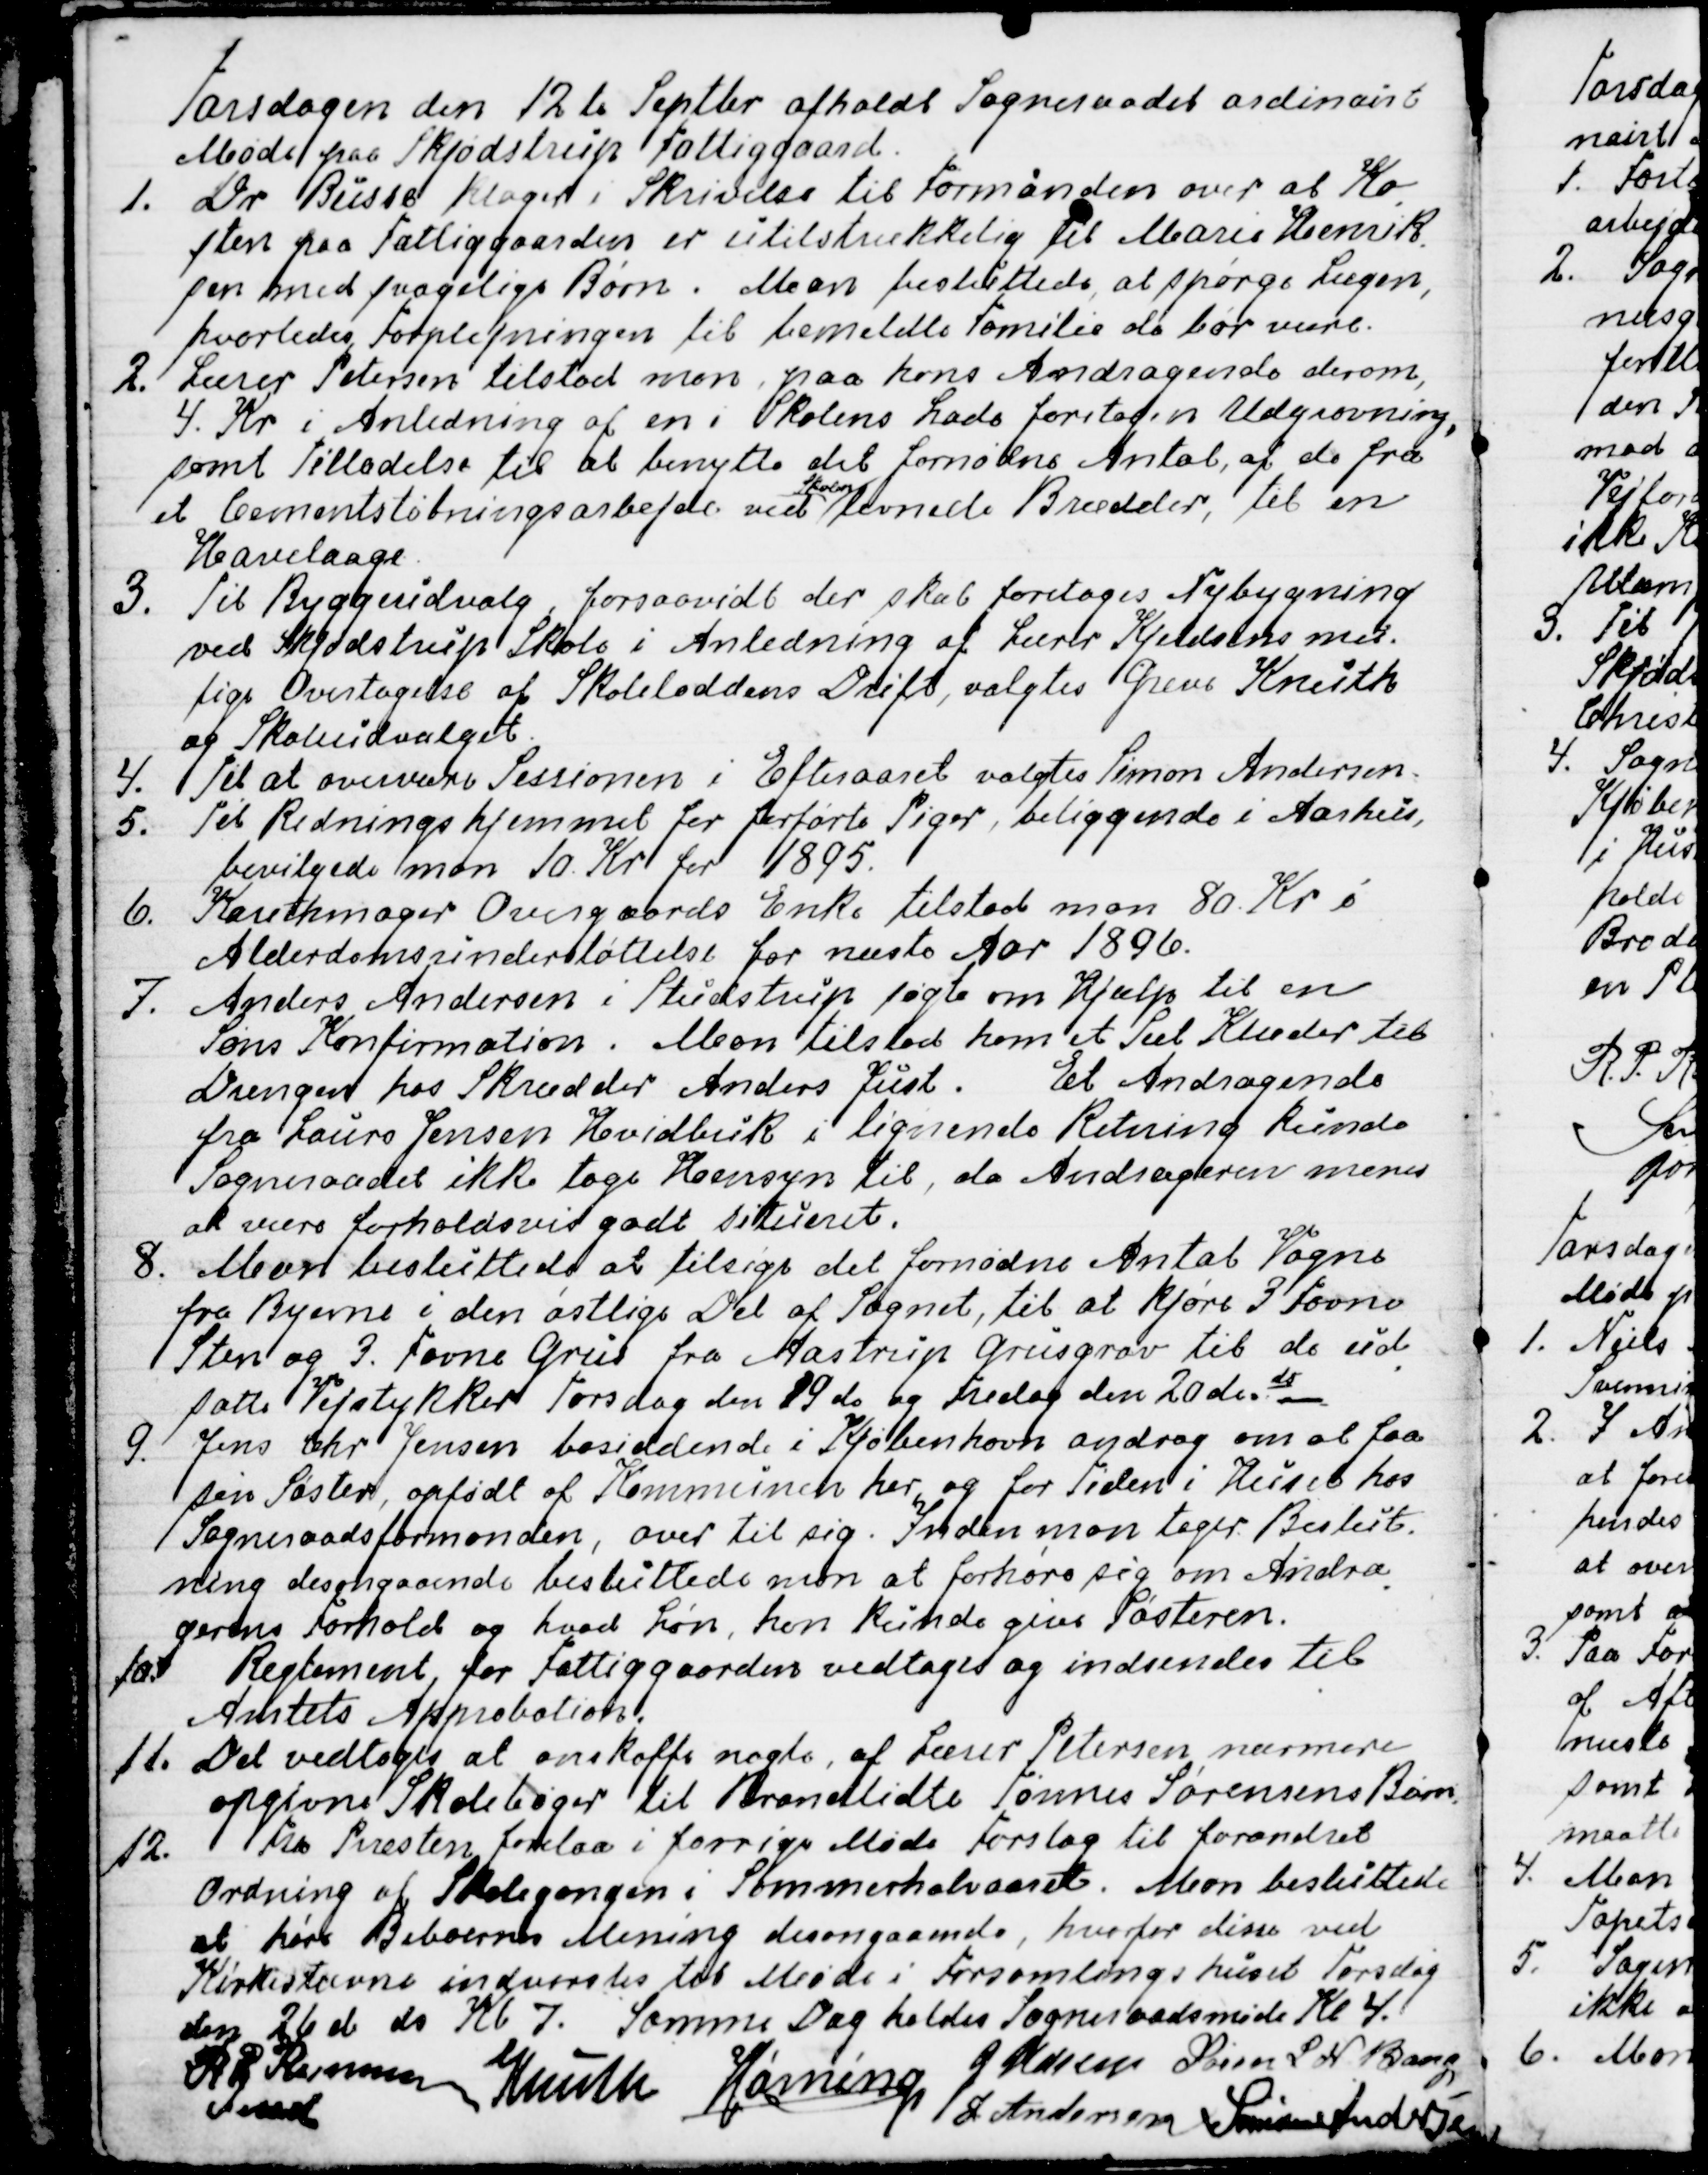
Transskription:
Torsdagen den 12te Septbr afholdt Sogneraadet ordinairt
Møde paa Skjødstrup Fattiggaard.
1. Dr Busse klager i Skrivelse til Formanden over at Ko
-
sten paa Fattiggaarden er utilstrækkelig til Marie Henrik
-
sen med svagelige Børn. Man besluttede, at spørge Lægen,
hvorledes Forplejningen til bemeldte Familie bør være.
2. Lærer Petersen tilstod man, paa hans Andragende derom,
4. Kr i Anledning af en i Skolens Lade foretagen Udgravning
samt Tilladelse til at benytte det fornødne Antal, af de fra
et Cementstøbningsarbejde ved
Skolen
levnede Brædder, til en
Havelaage.
3. Til Byggeudvalg, forsaavidt der skal foretages Nybygning
ved Skjødstrup Skole i Anledning af Lærer Kjeldsens mu-
lige Overtagelse af Skoleloddens Drift, valgtes Grev Knuth
og Skoleudvalget.
4. Til at overvære Sessionen i Efteraaret valgtes Simon Andersen.
5. Til Redningshjemmet for forførte Piger, beliggende i Aarhus,
bevilgede man 10. Kr for 1895.
6. Karethmager Overgaards Enke tilstod man 80. Kr i
Alderdomsunderstøttelse for næste Aar 1896.
7. Anders Andersen i Studstrup søgte om Hjælp til en
Søns Konfirmation. Man tilstod ham et Sæt Klæder til
Drengen hos Skrædder Anders Just. Et  Andragende
fra Laurs Jensen Hvidbuk i lignende Retning kunde
Sogneraadet ikke tage Hensyn til, da Andrageren menes
at være forholdsvis godt situeret.
8. Man besluttede at tilsige det fornødne Antal Vogne
fra Byerne i den østlige Del af Sognet, til at kjøre 3 Favne
Sten og 3 Favne Grus fra Aastrup Grusgrav til de ud
-
satte Vejstykker Torsdag den 19 ds og Fredag den 20 de ds
9. Jens Chr Jensen bosiddende i Kjøbenhavn androg om at faa
sin Søster, opfødt af Kommunen her og for Tiden i Huset hos
Sogneraadsformanden, over til sig. Inden man tager Beslut-
ning desangaaende besluttede man at forhøre sig om Andra
-
gerens Forhold og hvad Løn, han kunde give Søsteren.
10. Reglement for Fattiggaarden vedtages og indsendes til
Amtets Approbation.
11. Det vedtoges at anskaffe nogle, af Lærer Petersen nærmere
opgivne Skolebøger til Brandlidte Tønnes Sørensens Børn.
12. Fra Præsten forelaa i forrige Møde Forslag til forandret
Ordning af Skolegangen i Sommerhalvaaret. Man besluttede
at høre Beboernes Mening desangaaende, hvorfor disse ved
Kirkestævne indvarsles til Møde i Forsamlingshuset Torsdag
den 26 de ds Kl 7. Samme Dag holdes Sogneraadsmøde Kl. 4.
R P Rasmussen
Fmd
Knuth
Hørning
J Udsen
Søren L N Bang
J Andersen
Simon Andersen